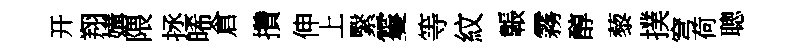
开翔媾隈拯晞倉攢伸上繄䨥等紋韔霧醇藜撲穹荷聰